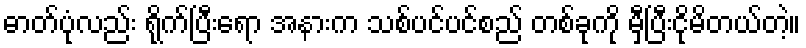
ဓာတ်ပုံလည်း ရိုက်ပြီးရော အနားက သစ်ပင်ပင်စည် တစ်ခုကို မှီပြီးငိုမိတယ်တဲ့။